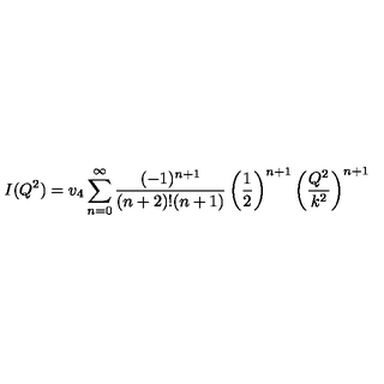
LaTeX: I ( Q ^ { 2 } ) = v _ { 4 } \sum _ { n = 0 } ^ { \infty } \frac { ( - 1 ) ^ { n + 1 } } { ( n + 2 ) ! ( n + 1 ) } \left( \frac { 1 } { 2 } \right) ^ { n + 1 } \left( \frac { Q ^ { 2 } } { k ^ { 2 } } \right) ^ { n + 1 }